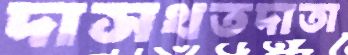
দাসখতদাতা